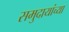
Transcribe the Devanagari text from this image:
समुदायांच्या